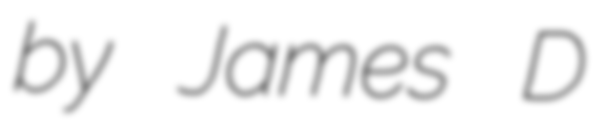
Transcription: by James D